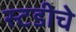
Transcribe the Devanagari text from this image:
स्टडीचे